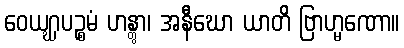
ဝေယဂ္ဃပဉ္စမံ ဟန္တွာ၊ အနီဃော ယာတိ ဗြာဟ္မဏော။